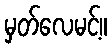
မှတ်လေမင့်။